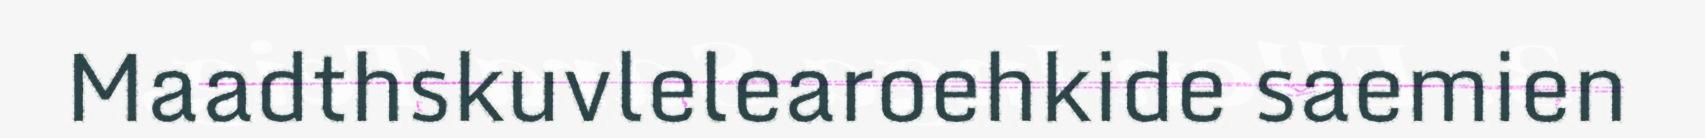
Maadthskuvlelearoehkide saemien